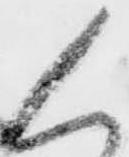
く